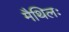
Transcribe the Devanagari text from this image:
मैथिलः